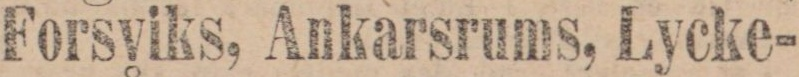
Forsviks, Ankarsrums, Lycke-